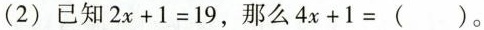
(2) 已知 $$2x+1=1 9$$,那么$$4x+1=$$( )。